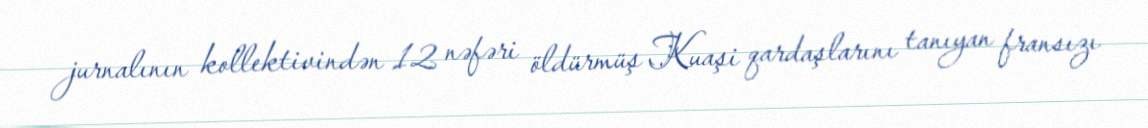
jurnalının kollektivindən 12 nəfəri öldürmüş Kuaşi qardaşlarını tanıyan fransızı